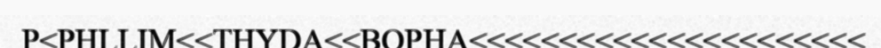
P<PHLLIM<<THYDA<<BOPHA<<<<<<<<<<<<<<<<<<<<<<